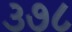
૩૭૮